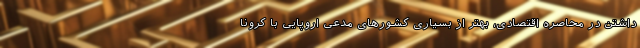
داشتن در محاصره اقتصادی، بهتر از بسیاری کشورهای مدعی اروپایی با کرونا